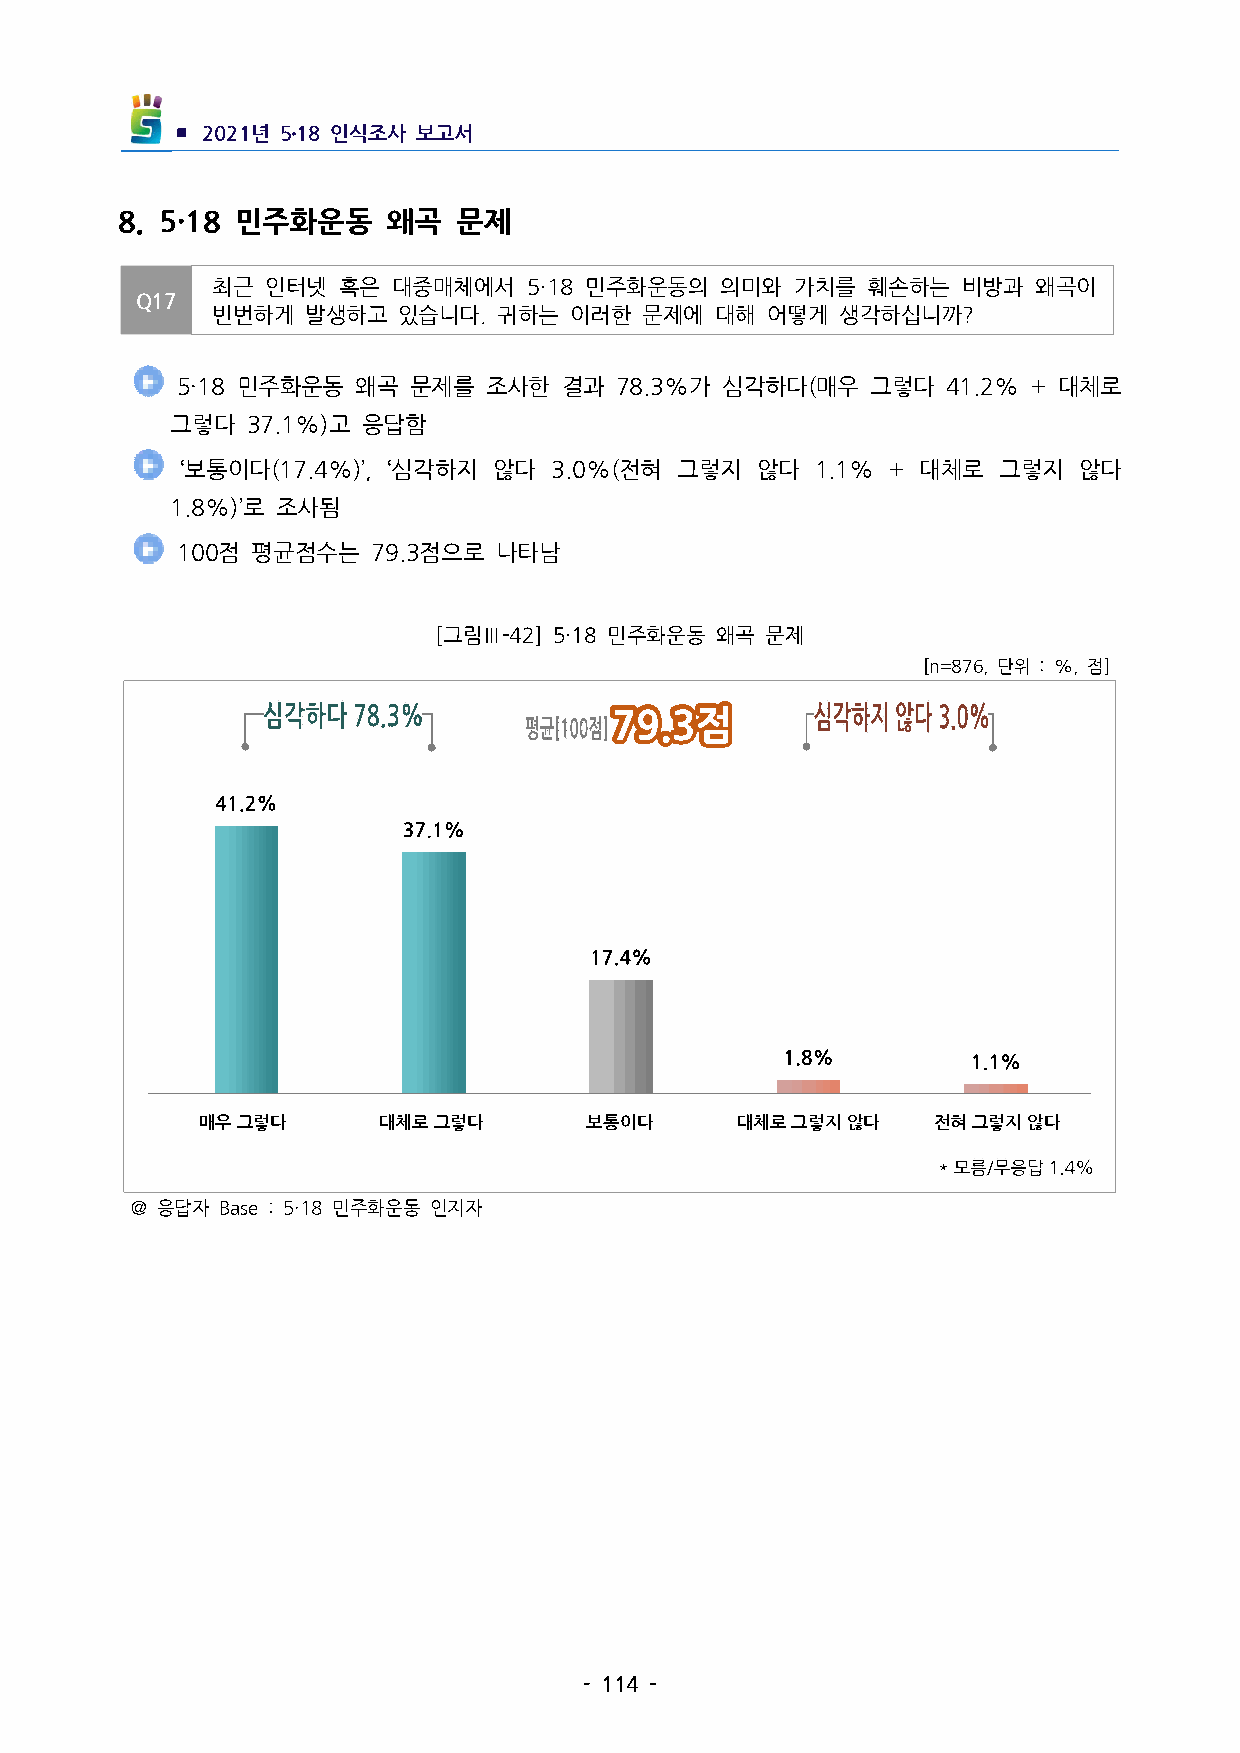
▪ 2021년 5․18인식조사 보고서
 8. 5·18 민주화운동   왜곡  문제
 최근  인터넷 혹은  대중매체에서   5·18민주화운동의  의미와  가치를 훼손하는   비방과  왜곡이
 Q17
 빈번하게  발생하고  있습니다.귀하는   이러한  문제에 대해  어떻게  생각하십니까?
 5·18민주화운동  왜곡 문제를  조사한  결과  78.3%가심각하다(매우   그렇다  41.2%+대체로
 그렇다  37.1%)고 응답함
  ‘보통이다(17.4%)’, ‘심각하지 않다 3.0%(전혀 그렇지 않다  1.1% + 대체로 그렇지 않다
 1.8%)’로 조사됨
 100점 평균점수는   79.3점으로 나타남
 [그림Ⅲ-42] 5·18민주화운동 왜곡 문제
 [n=876,단위 :%,점]
 매우그렇다       대체로그렇다        보통이다      대체로그렇지않다     전혀그렇지않다
 ＠응답자 Base:5·18민주화운동 인지자
 -114-